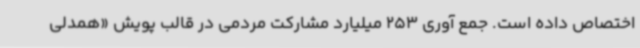
اختصاص داده است. جمع آوری 253 میلیارد مشارکت مردمی در قالب پویش «همدلی